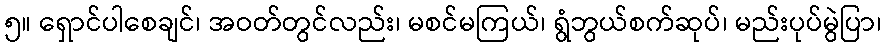
၅။ ရှောင်ပါစေချင်၊ အဝတ်တွင်လည်း၊ မစင်မကြယ်၊ ရွံဘွယ်စက်ဆုပ်၊ မည်းပုပ်မွဲပြာ၊